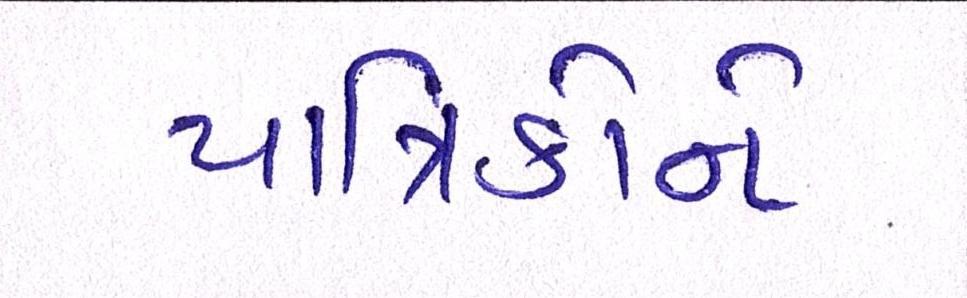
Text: યાત્રિકોને